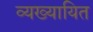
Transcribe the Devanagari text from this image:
व्यख्यायित